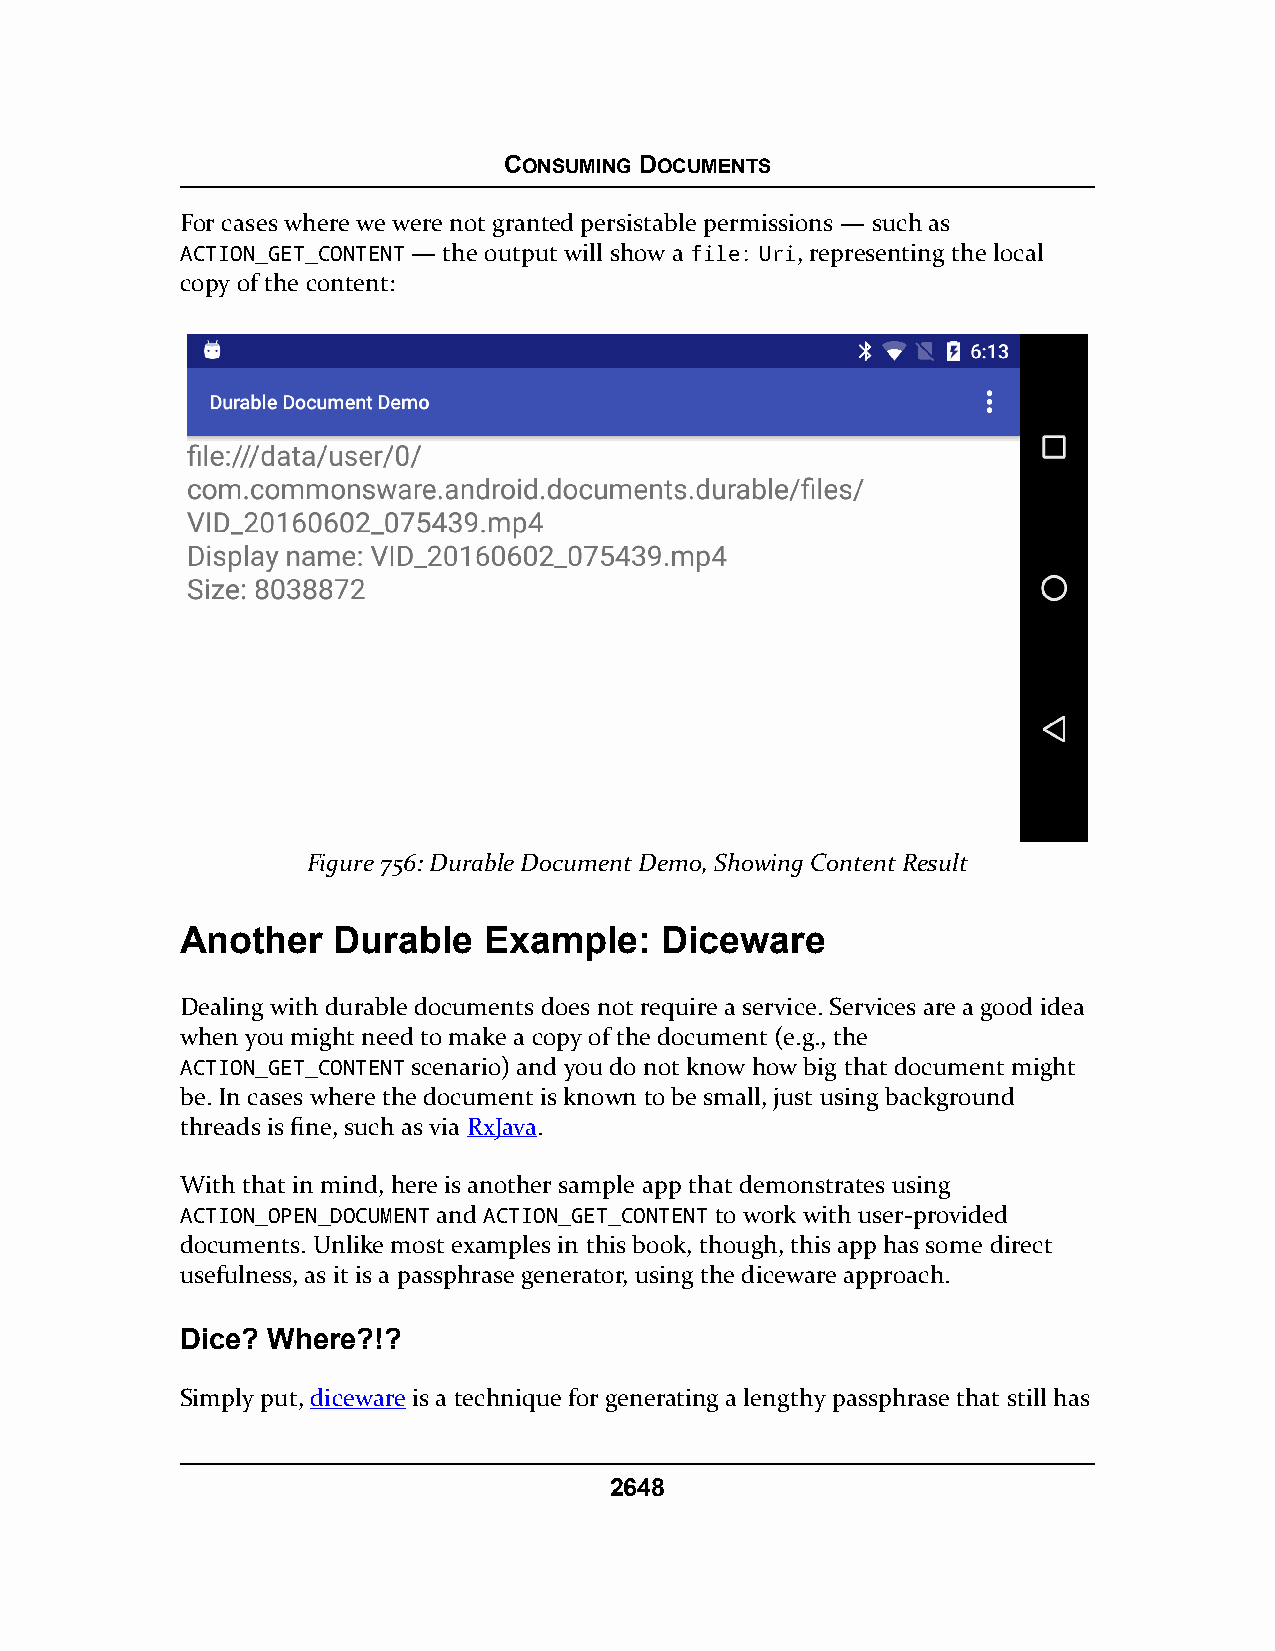
CONSUMING DOCUMENTS
 For cases where we were not granted persistable permissions — such as
 ACTION_GET_CONTENT — the output will show a file: Uri, representing the local
 copy of the content:
 Figure 756: Durable Document Demo, Showing Content Result
 Another   Durable   Example:    Diceware
 Dealing with durable documents does not require a service. Services are a good idea
 when you might need to make a copy of the document (e.g., the
 ACTION_GET_CONTENT scenario) and you do not know how big that document might
 be. In cases where the document is known to be small, just using background
 threads is fine, such as via RxJava.
 With that in mind, here is another sample app that demonstrates using
 ACTION_OPEN_DOCUMENT and ACTION_GET_CONTENT to work with user-provided
 documents. Unlike most examples in this book, though, this app has some direct
 usefulness, as it is a passphrase generator, using the diceware approach.
 Dice? Where?!?
 Simply put, diceware is a technique for generating a lengthy passphrase that still has
 2648